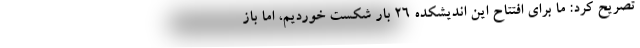
تصریح کرد: ما برای افتتاح این اندیشکده ۲۶ بار شکست خوردیم، اما باز